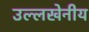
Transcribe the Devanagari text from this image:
उल्‍लखेनीय